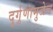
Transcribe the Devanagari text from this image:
दुर्गुणांमुळेच